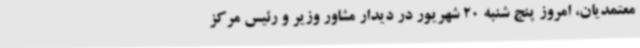
معتمدیان، امروز پنج شنبه 20 شهریور در دیدار مشاور وزیر و رئیس مرکز